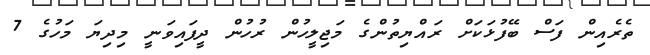
ތެރެއިން ފަސް ބޭފުޅަކަށް ރައްޔިތުންގެ މަޖިލީހުން ރުހުން ދީފައިވަނީ މިދިޔަ މަހުގެ 7